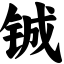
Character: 铖